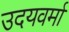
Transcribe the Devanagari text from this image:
उदयवर्मा